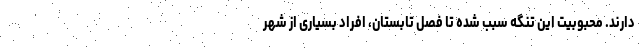
دارند. محبوبیت این تنگه سبب شده تا فصل تابستان، افراد بسیاری از شهر